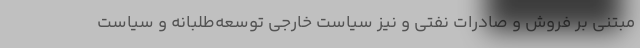
مبتنی بر فروش و صادرات نفتی و نیز سیاست خارجی توسعه‌طلبانه و سیاست